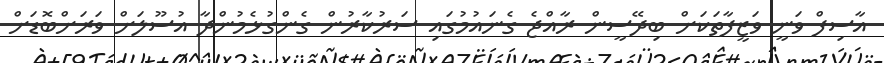
އާސިފް ވަނީ ވަޒީފާތަކަށް ބިދޭސީން ރާއްޖެ ގެނައުމުގައި ސަރުކާރުން ގެންގުޅެމުންދާ އުސޫލަށް ވަރަށްބޮޑަށް